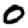
Digit: 0